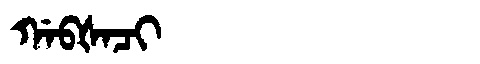
Manchu: ᡤᠠᠪᡧᠠᠴᡳ
Romanization: GABŠACI